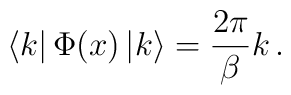
\left\langle k\right| \Phi (x)\left| k\right\rangle =\frac{2\pi}{\beta }k\, .